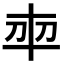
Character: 𭃍